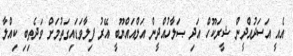
އެއީ އަސަދުއްދީން ޝީރަކޫހް އަދި ޞަލާހުއްދީން އަލްއައްޔޫބީ އޭރު ފިލާވަޑައިގަތުމަށް ވަދެތިބި ކިއްލާ